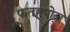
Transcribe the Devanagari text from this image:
फतहपोल